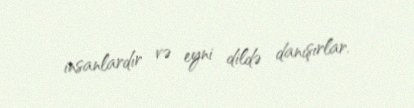
insanlardır və eyni dildə danışırlar.